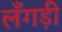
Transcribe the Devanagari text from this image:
लँगड़ी